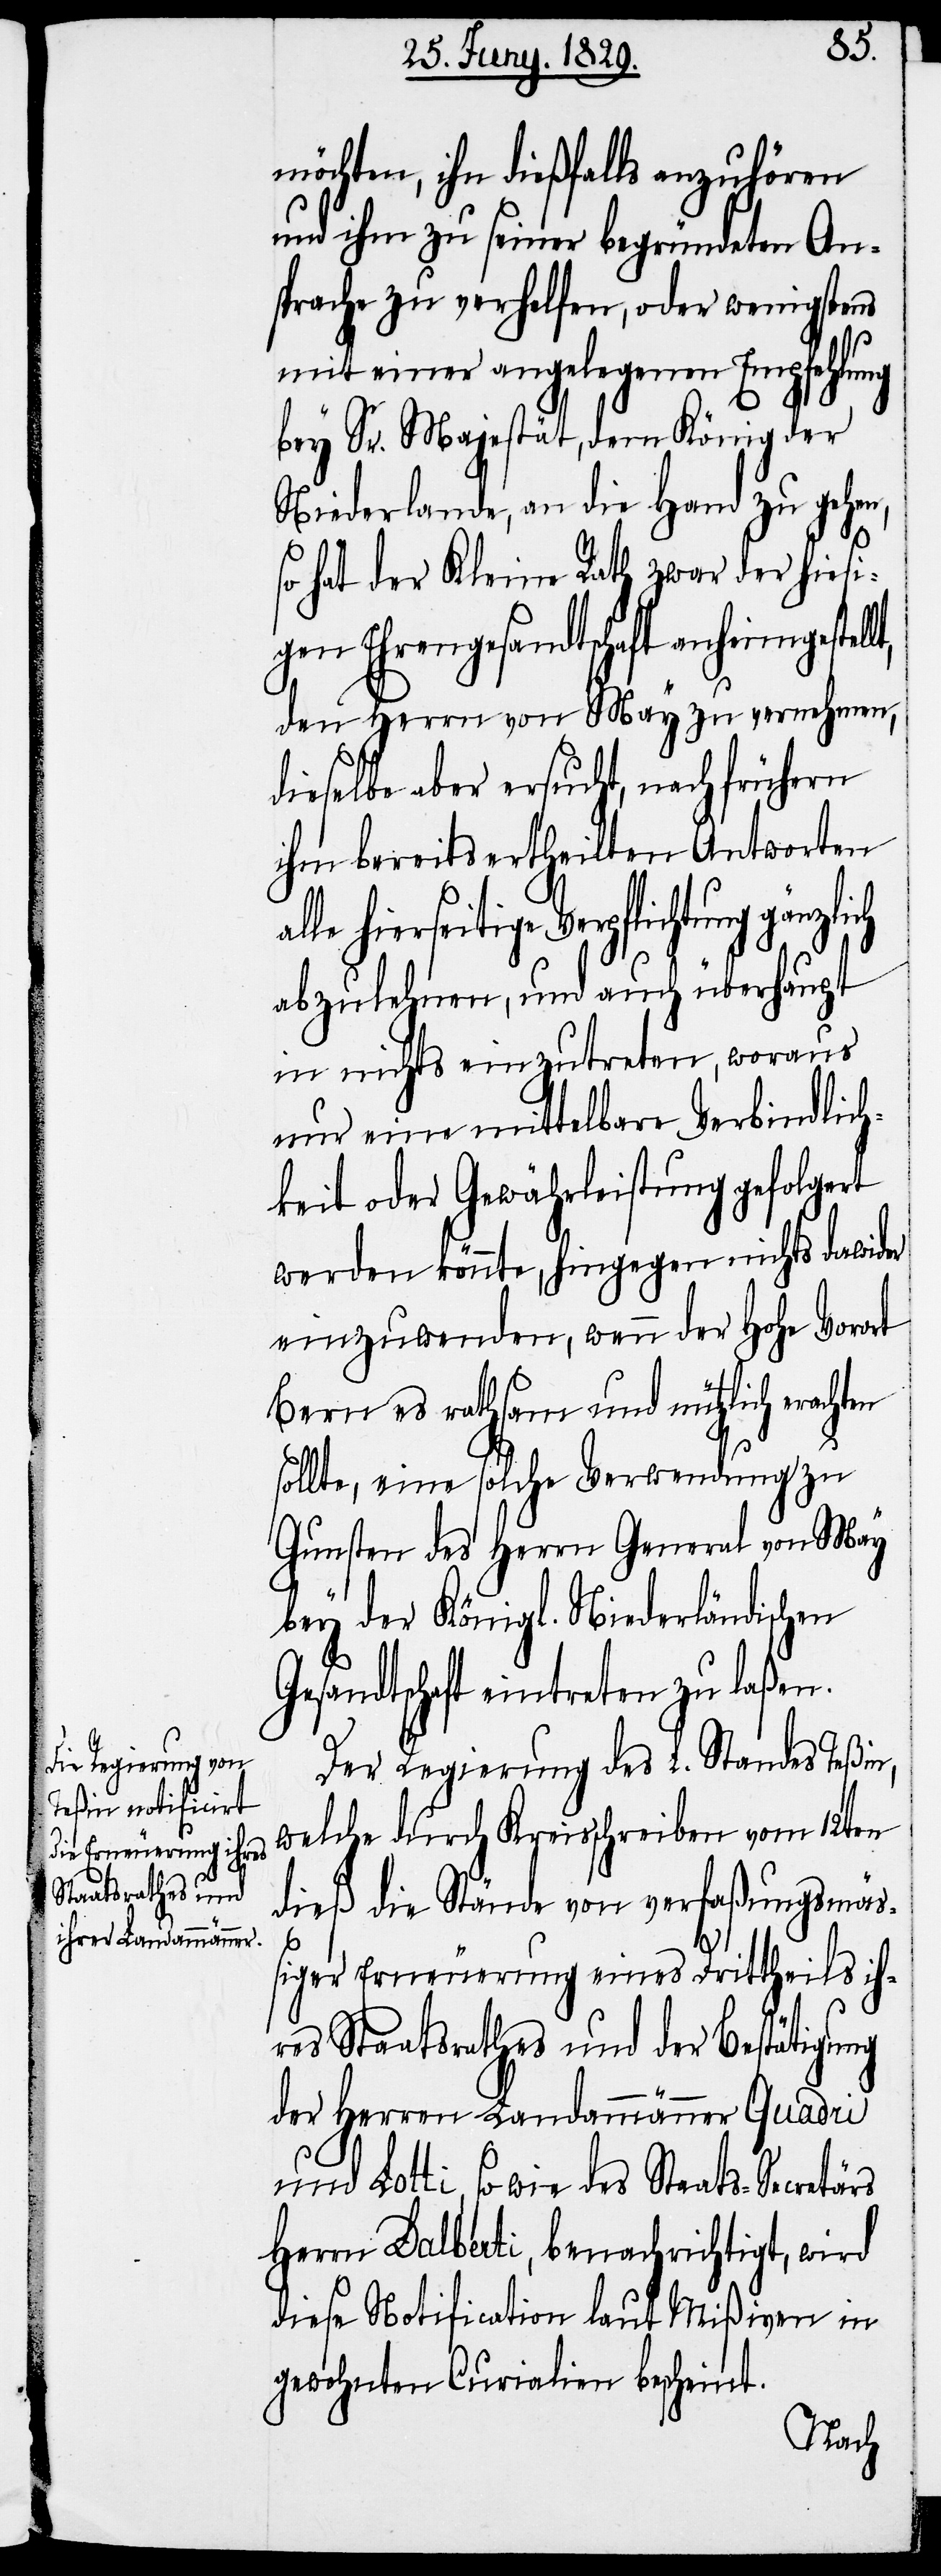
möchten, ihn dießfalls anzuhören
und ihm zu seiner begründeten An¬
sprache zu verhelfen, oder wenigstens
mit einer angelegenen Empfehlung
bey Sr. Majestät, dem König der
Niederlande, an die Hand zu gehen,
so hat der Kleine Rath zwar der hiesi¬
aber auch ersucht, nach frühern
den Herrn von May zu vernehmen,
ihm bereits ertheilten Antworten
le hierseitige Verpflichtung
abzulehnen, und auch überhaupt
in nichts einzutreten, woraus
nur eine mittelbare Verbindlich¬
keit oder Gewährleistung gefolgert
werden könnte, hingegen nichts dawider
einzuwenden, wenn der Hohe Vorort
Bern es rathsam und nützlich erach¬
sollte, eine solche Verwendung zu
Gunsten des Herrn General von May
bey der Königl. Niederländischen
Gesandtschaft eintreten zu laßen.
Der Regierung des L. Standes Teßin,
welche durch Kreisschreiben vom 12ten
dieß die Stände von verfaßungsmäß¬
ten
iger Erneuerung eines Drittheils ihr¬
es Staatsrathes und der Bestätigung
der Herren Landammänner Quadri
und Lotti, so wie des Staats-Secretärs
Herr Dalberti, benachrichtigt, wird
diese Notification laut Mißiven in
gewohnten Curialien bescheint.